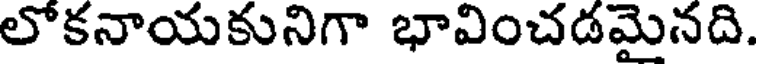
లోకనాయకునిగా భావించడమైనది.